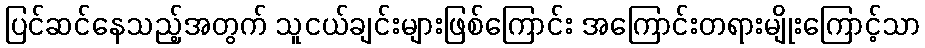
ပြင်ဆင်နေသည့်အတွက် သူငယ်ချင်းများဖြစ်ကြောင်း အကြောင်းတရားမျိုးကြောင့်သာ